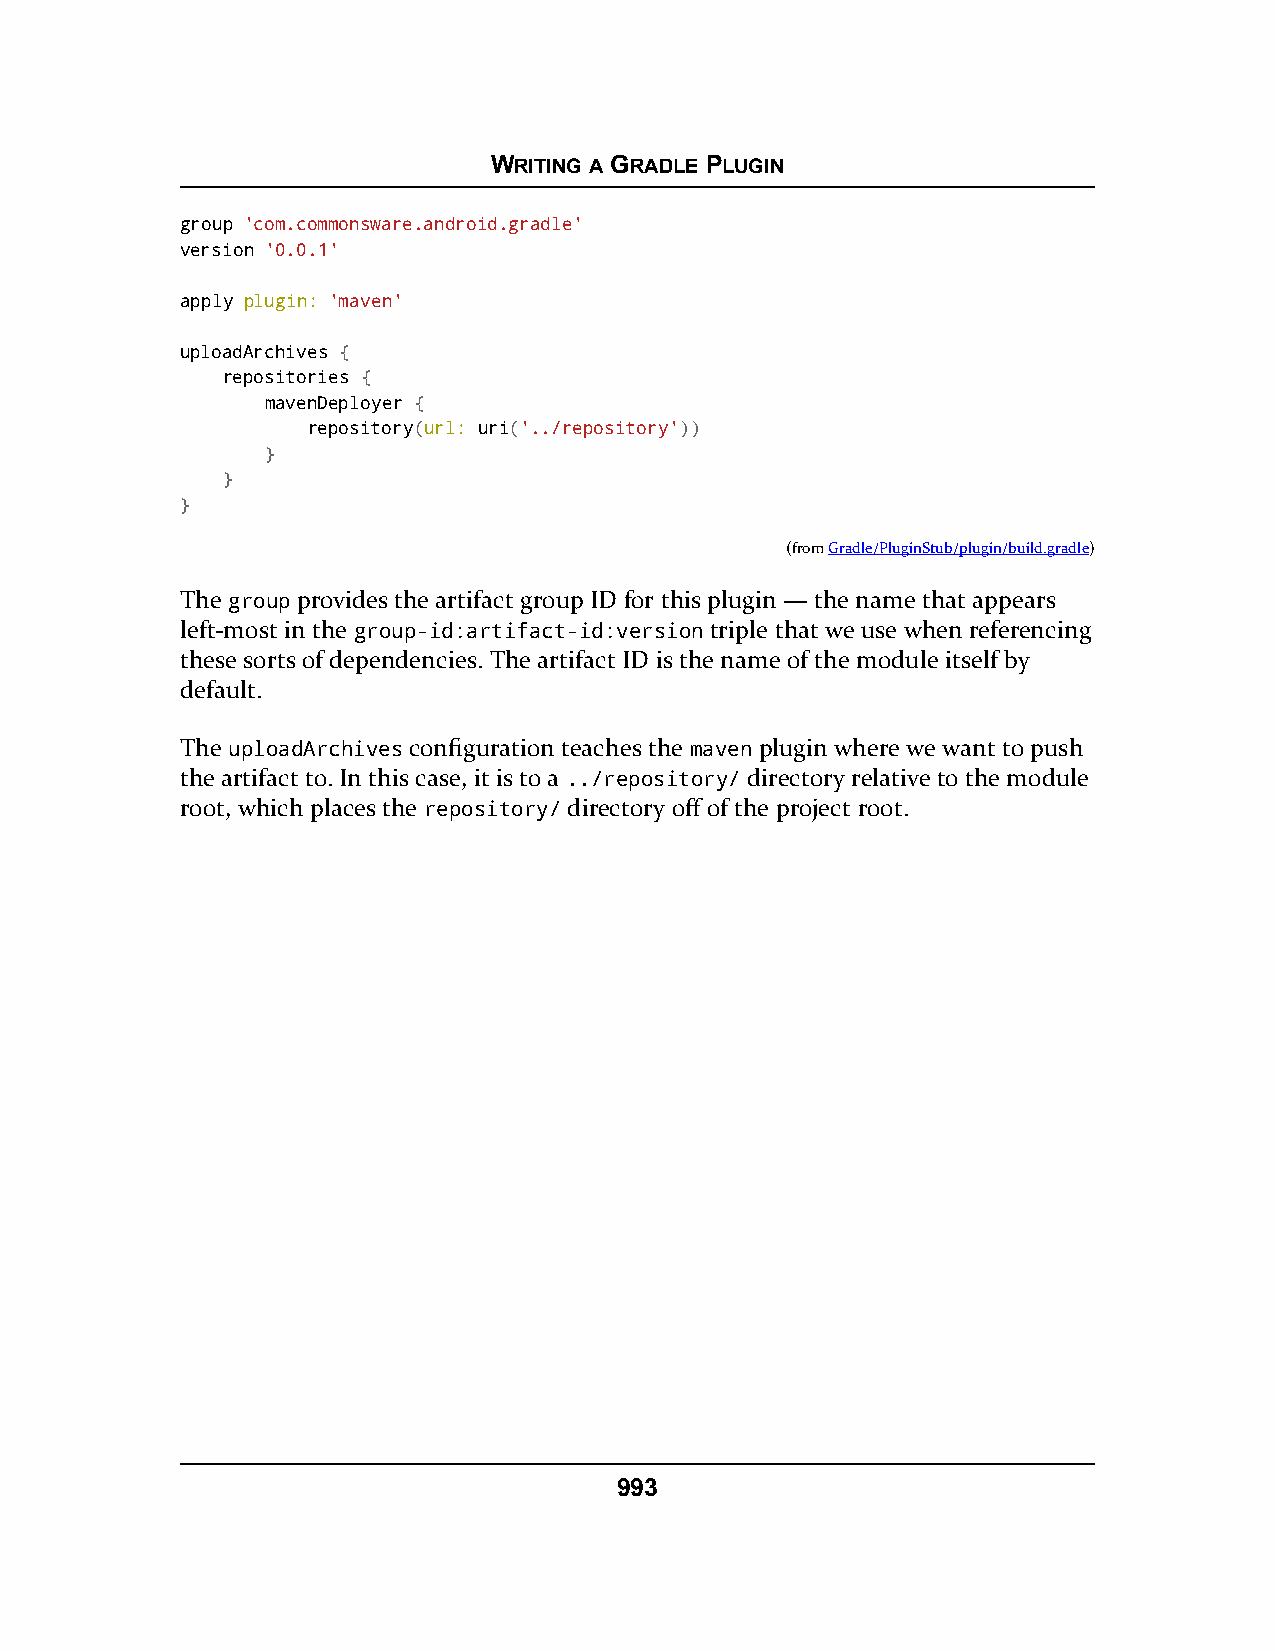
WRITING A GRADLE PLUGIN
 group 'com.commonsware.android.gradle'
 version '0.0.1'
 apply plugin: 'maven'
 uploadArchives {
 repositories {
 mavenDeployer {
 repository(url: uri('../repository'))
 }
 }
 }
 (fromGradle/PluginStub/plugin/build.gradle)
 The group provides the artifact group ID for this plugin — the name that appears
 left-most in the group-id:artifact-id:version triple that we use when referencing
 these sorts of dependencies. The artifact ID is the name of the module itself by
 default.
 The uploadArchives configuration teaches the maven plugin where we want to push
 the artifact to. In this case, it is to a ../repository/ directory relative to the module
 root, which places the repository/ directory off of the project root.
 993